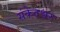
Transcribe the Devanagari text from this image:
संकेतश्वर